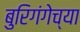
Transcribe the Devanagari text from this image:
बुरिगंगेच्या